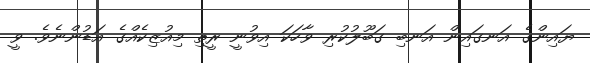
ޔައިންގެ އަނގައިން އަނބި ގަބޫލުކުރި ވާހަކަ އިވުނީ ރީތި މިއުޒިކެއްގެ އަޑުންނެވެ. ވީ